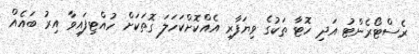
ރެސްޓޯރެންޓު އަދި ހޮޓާ ތަކުގެ ވިޔަފާރި އެއްކޮށްކަހަލަ ގޮތަކަށް ހުއްޓިފައިވާ އިރު ބައެއް